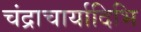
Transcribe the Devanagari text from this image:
चंद्राचार्यादिभि